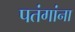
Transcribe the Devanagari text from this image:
पतंगांना